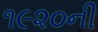
૧૯૨૦ની